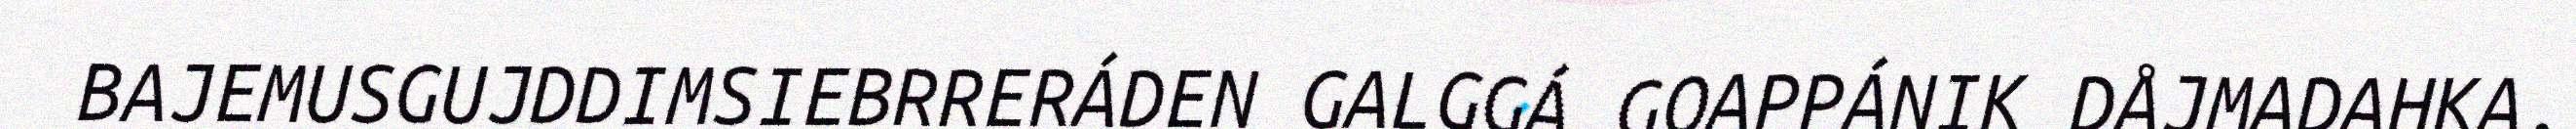
BAJEMUSGUJDDIMSIEBRRERÁDEN GALGGÁ GOAPPÁNIK DÅJMADAHKA.